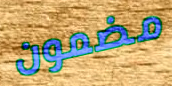
مضمون